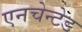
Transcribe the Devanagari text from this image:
एनचेन्टेड